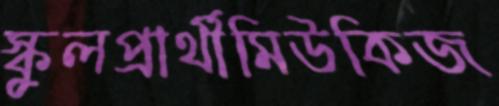
স্কুলপ্রার্থীমিউকিজ